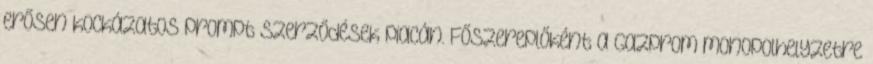
erősen kockázatos prompt szerződések piacán. Főszereplőként a Gazprom monopolhelyzetre